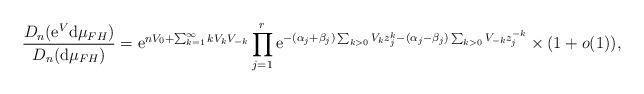
LaTeX: \begin{align*}\frac{D_n({\rm e}^V {\rm d} \mu_{FH})}{D_n({\rm d} \mu_{FH})}= {\rm e}^{n V_0 + \sum_{k=1}^\infty k V_k V_{-k}} \prod_{j=1}^r {\rm e}^{-(\alpha_j+\beta_j) \sum_{k>0} V_k z_j^k-(\alpha_j-\beta_j) \sum_{k>0} V_{-k} z_j^{-k}}\times (1+o(1)),\end{align*}